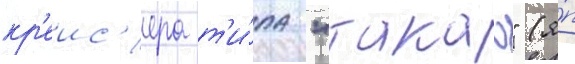
кр'еис'ера т'и́па "такао" (я́п